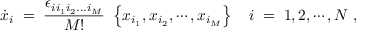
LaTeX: \dot { x } _ { i } \; = \; \frac { \epsilon _ { i i _ { 1 } i _ { 2 } . . . i _ { M } } } { M ! } \ \left\{ x _ { i _ { 1 } } , x _ { i _ { 2 } } , \cdots , x _ { i _ { M } } \right\} \ \ \ i \; = \; 1 , 2 , \cdots , N \ ,